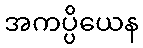
အကပ္ပိယေန